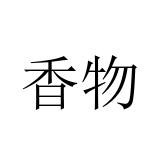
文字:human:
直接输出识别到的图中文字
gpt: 香物